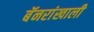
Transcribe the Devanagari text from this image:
बॅनरांखाली